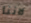
لاننا